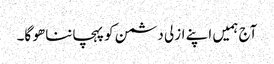
آج ہمیں اپنے ازلی دشمن کو پہچاننا ھو گا۔